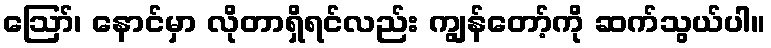
ဪ၊ နောင်မှာ လိုတာရှိရင်လည်း ကျွန်တော့်ကို ဆက်သွယ်ပါ။